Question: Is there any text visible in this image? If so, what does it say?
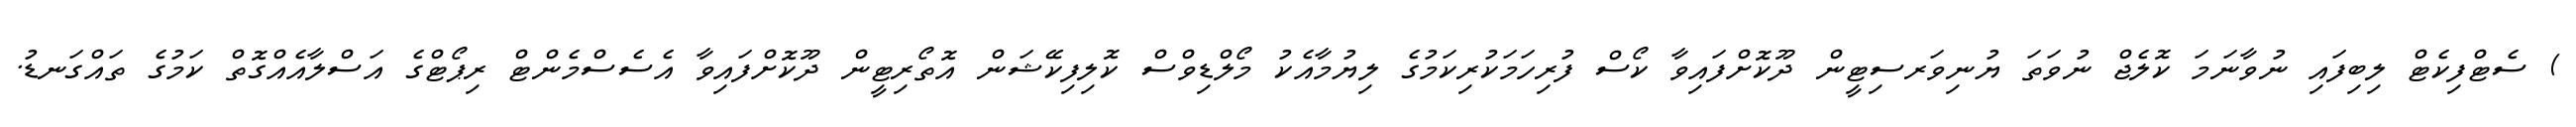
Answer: ) ސެޓްފިކެޓް ލިބިފައި ނުވާނަމަ ކޮލެޖް ނުވަތަ ޔުނިވަރސިޓީން ދޫކޮށްފައިވާ ކޯސް ފުރިހަމަކުރިކަމުގެ ލިޔުމާއެކު މޯލްޑިވްސް ކޮލިފިކޭޝަން އޮތޯރިޓީން ދޫކޮށްފައިވާ އެސެސްމެންޓް ރިޕޯޓްގެ އަސްލާއެއްގޮތް ކަމުގެ ތައްގަނޑު.